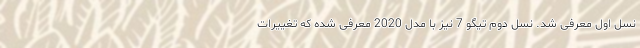
نسل اول معرفی شد. نسل دوم تیگو 7 نیز با مدل 2020 معرفی شده که تغییرات